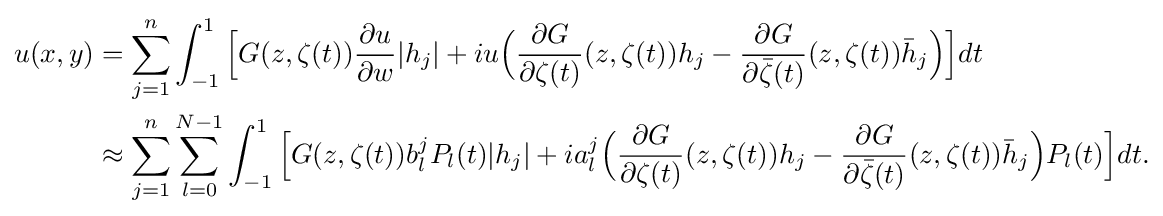
{\begin{aligned}u(x,y)&=\sum _{j=1}^{n}\int _{-1}^{1}{\Big [}G(z,\zeta (t)){\frac {\partial u}{\partial w}}|h_{j}|+iu{\Big (}{\frac {\partial G}{\partial \zeta (t)}}(z,\zeta (t))h_{j}-{\frac {\partial G}{\partial {\bar {\zeta }}(t)}}(z,\zeta (t)){\bar {h}}_{j}{\Big )}{\Big ]}dt\\&\approx \sum _{j=1}^{n}\sum _{l=0}^{N-1}\int _{-1}^{1}{\Big [}G(z,\zeta (t))b_{l}^{j}P_{l}(t)|h_{j}|+ia_{l}^{j}{\Big (}{\frac {\partial G}{\partial \zeta (t)}}(z,\zeta (t))h_{j}-{\frac {\partial G}{\partial {\bar {\zeta }}(t)}}(z,\zeta (t)){\bar {h}}_{j}{\Big )}P_{l}(t){\Big ]}dt.\end{aligned}}